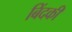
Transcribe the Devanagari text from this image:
बिंदकी